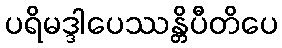
ပရိမဒ္ဒါပေဿန္တိပီတိပေ